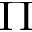
\boldsymbol { \Pi }